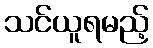
သင်ယူရမည့်